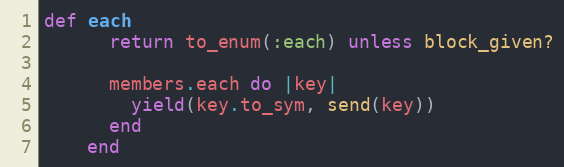
Language: Ruby
def each
      return to_enum(:each) unless block_given?

      members.each do |key|
        yield(key.to_sym, send(key))
      end
    end